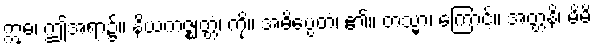
ဣဓ၊ ဤအရာ၌။ နိယကဇ္ဈတ္တံ၊ ကို။ အဓိပ္ပေတံ၊ ၏။ တသ္မာ၊ ကြောင့်။ အတ္တနိ၊ မိမိ